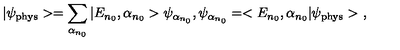
| \psi _ { \mathrm { p h y s } } > = \sum _ { \alpha _ { n _ { 0 } } } | E _ { n _ { 0 } } , \alpha _ { n _ { 0 } } > \psi _ { \alpha _ { n _ { 0 } } } , \psi _ { \alpha _ { n _ { 0 } } } = < E _ { n _ { 0 } } , \alpha _ { n _ { 0 } } | \psi _ { \mathrm { p h y s } } > \ ,